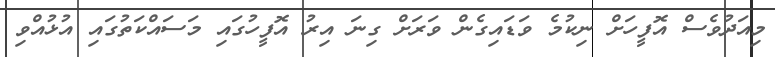
މިއަދުވެސް އޮފީހަށް ނިކުމެ ވަޑައިގެން ވަރަށް ގިނަ އިރު އޮފީހުގައި މަސައްކަތުގައި އުޅުއްވި